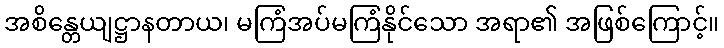
အစိန္တေယျဋ္ဌာနတာယ၊ မကြံအပ်မကြံနိုင်သော အရာ၏ အဖြစ်ကြောင့်။